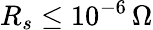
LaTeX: R_{s}\leq 10^{-6}\, \Omega